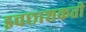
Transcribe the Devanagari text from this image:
इचछाशकती